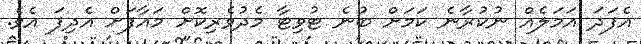
އެފަދަ އަމަލެއް ނުކުރާނެ ކަމަށް ބުނެ ޓުވިޓާ މެދުވެރިކޮށް މައާފަށް އެދިފަ އެވެ.